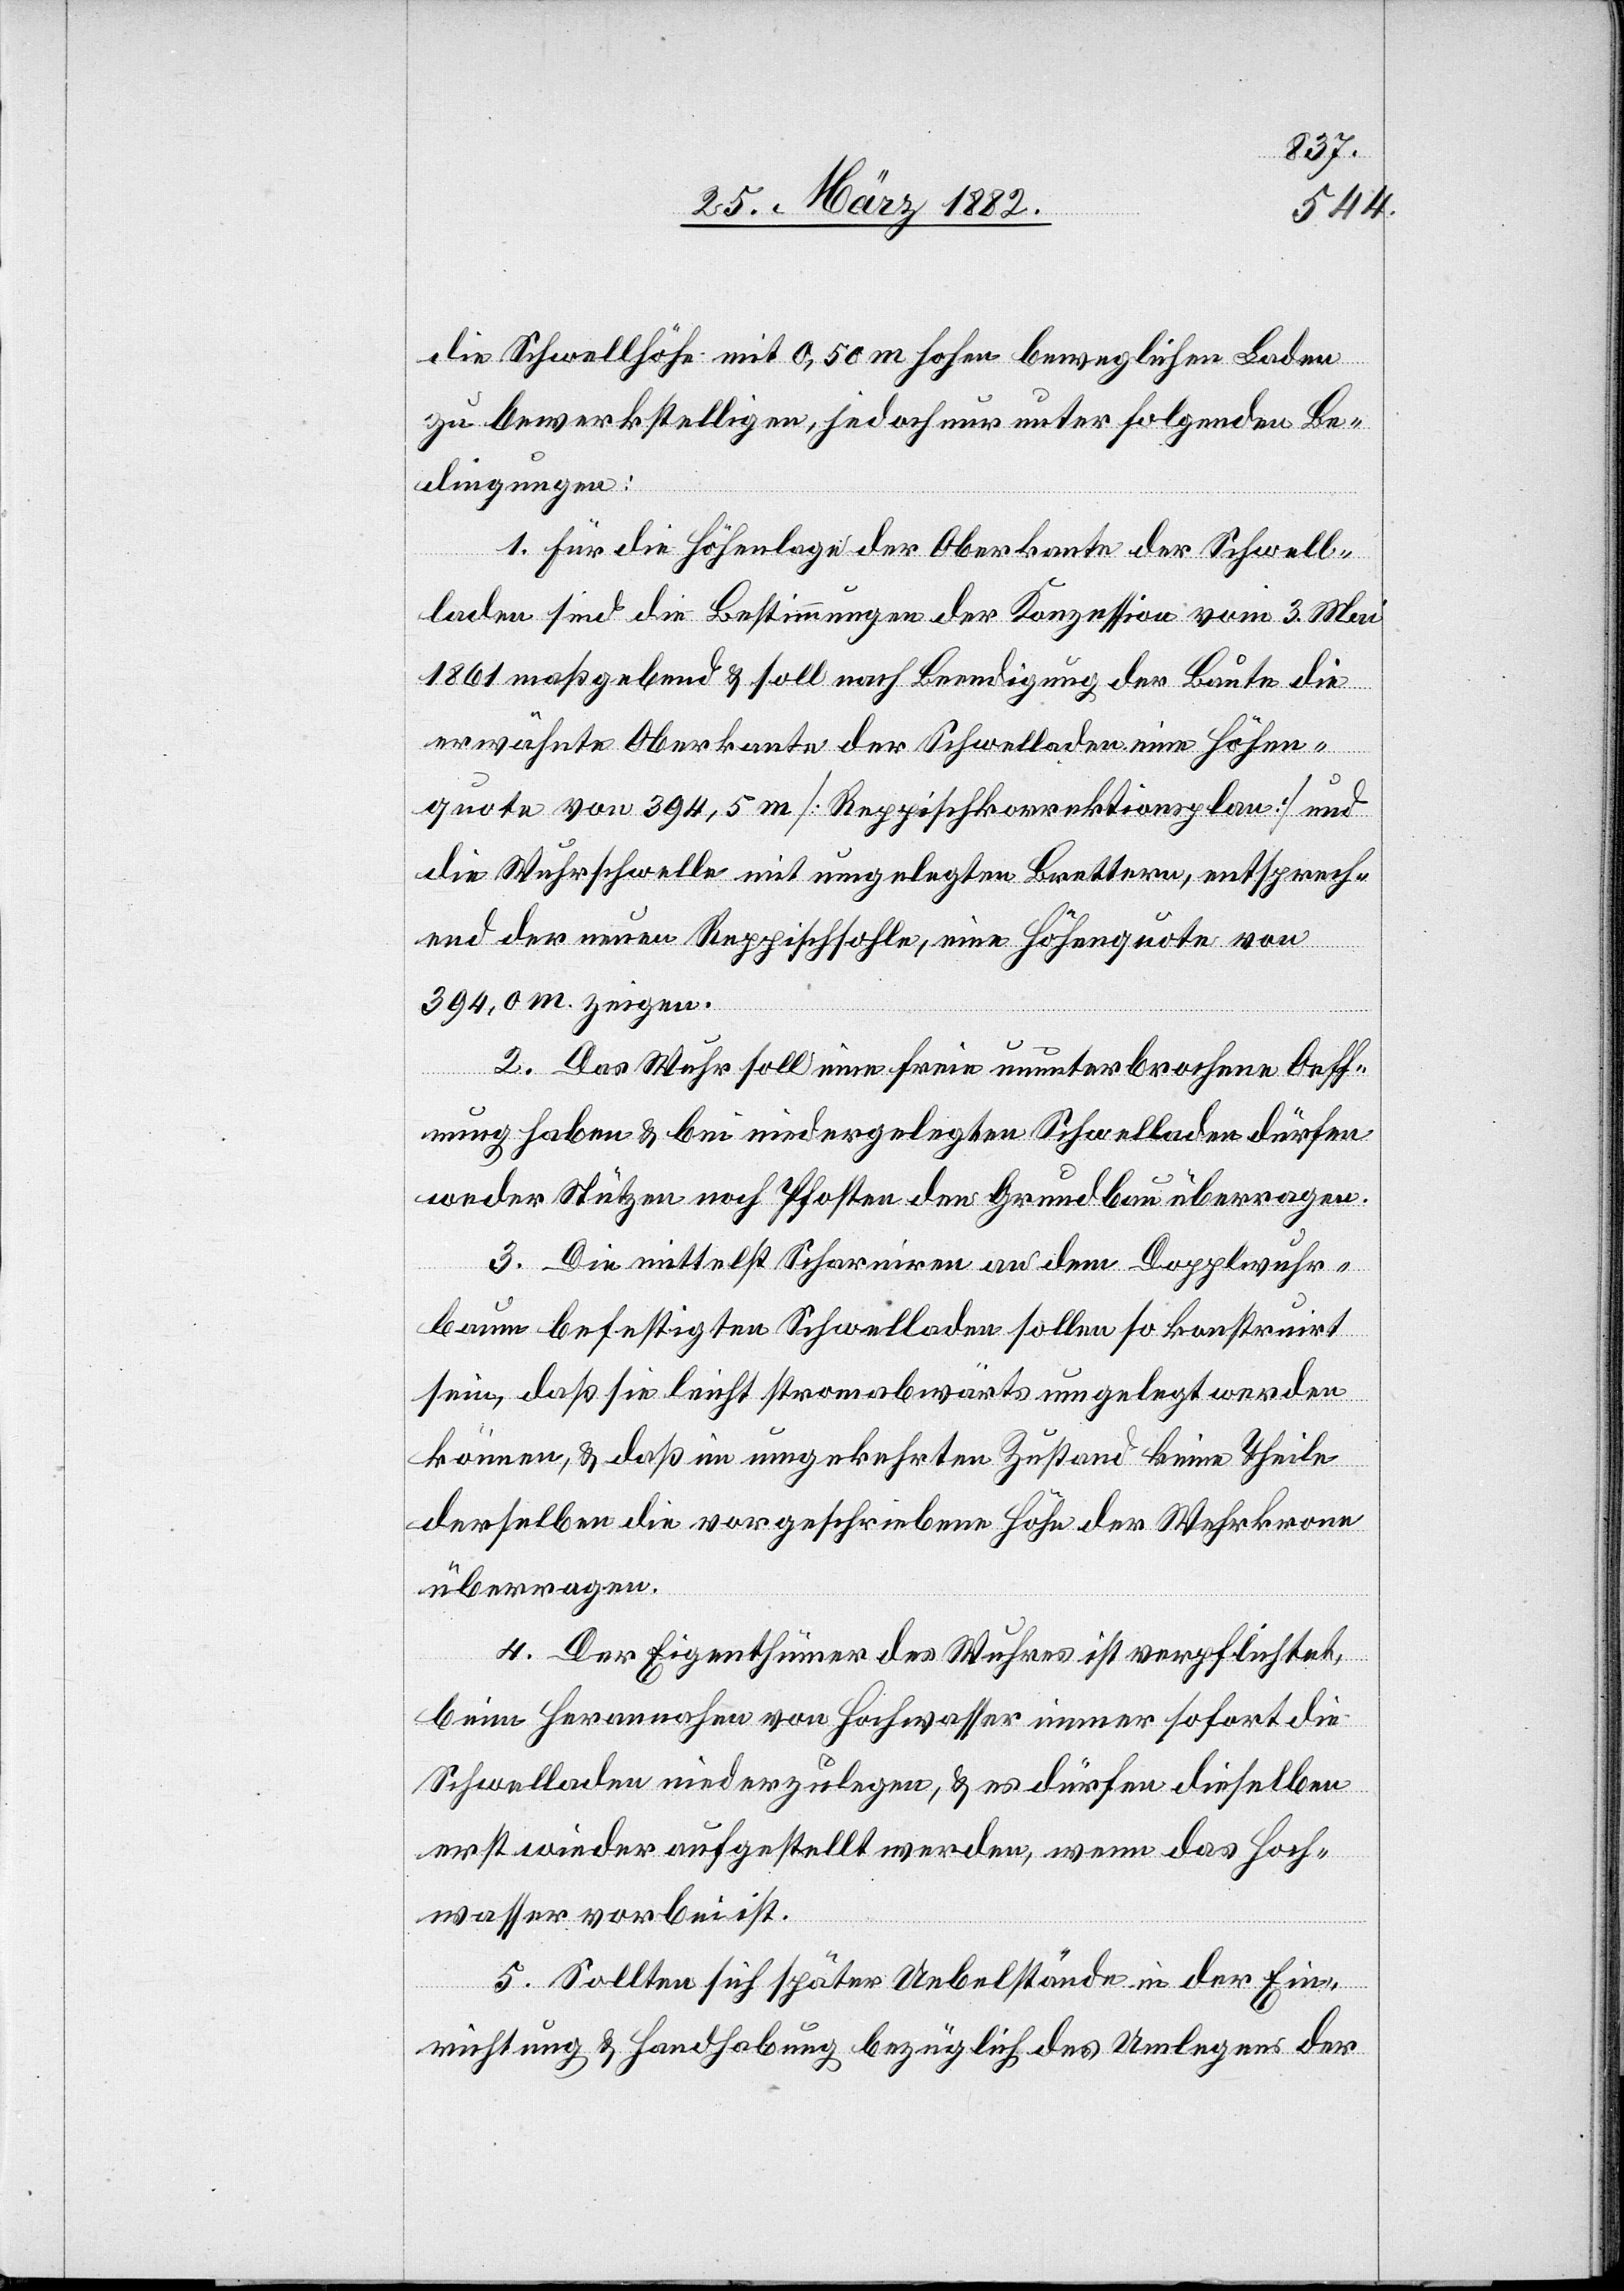
die Schwellhöhe mit 0,50 m hohen beweglichen Laden
zu bewerkstelligen, jedoch nur unter folgenden Be¬
dingungen:
1. Für die Höhenlage der Oberkante der Schwel¬
laden sind die Bestimmungen der Konzession vom 3. Mai
1861 maßgebend & soll nach Beendigung der Baute die
erwähnte Oberkante der Schwellade eine Höhen¬
quote von 394,5 m [Reppischkorrektionsplan] und
die Wuhrschwelle mit umgelegten Brettern, entsprech¬
end der neuen Reppischsohle, eine Höhenquote von
394,0 m zeigen.
2. Das Wuhr soll eine freie ununterbrochene Auff¬
assung haben & bei niedergelegten Schwelladen dürfen
weder Stützen noch Pfosten den Grundbau überragen.
3. Die mittelst Scharnieren an dem Doppelwuhr¬
bau befestigten Schwelladen sollen so konstruiert
sein, daß sie leicht stromabwärts umgelegt werden
können, & daß in umgekehrten Zustand keine Theile
derselben die vorgeschriebene Höhe der Wehrkrone
überragen.
4. Der Eigenthümer des Wuhres ist verpflichtet,
beim Herannahen von Hochwasser immer sofort die
Schwelladen niederzulegen & es dürfen dieselben
erst wieder aufgestellt werden, wenn das Hoch¬
wasser vorbei ist.
5. Sollten sich später Uebelstände in der Ein¬
richtung & Handhabung bezüglich des Umlegens der